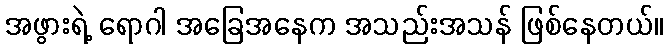
အဖွားရဲ့ ရောဂါ အခြေအနေက အသည်းအသန် ဖြစ်နေတယ်။